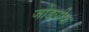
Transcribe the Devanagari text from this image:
जोडपीक